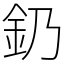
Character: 釢